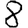
Digit: 8